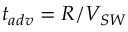
t _ { a d v } = R / V _ { S W }